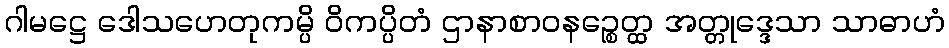
ဂါမဋ္ဌေ ဒေါသဟေတုကမ္ပိ ဝိကပ္ပိတံ ဌာနာစာဝနဉ္စေတ္ထ အတ္တုဒ္ဒေသာ သာဓာဟံ